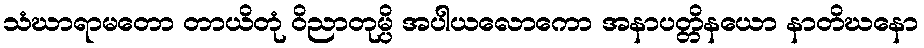
သံဃာရာမတော တာယိတုံ ဝိညာတုမ္ပိ အပါယလောကော အနာပတ္တိနယော နာတိဃနော